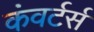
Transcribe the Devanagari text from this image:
कंवर्टर्स